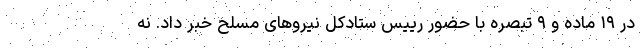
در ۱۹ ماده و ۹ تبصره با حضور رییس ستادکل نیروهای مسلح خبر داد. نه